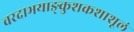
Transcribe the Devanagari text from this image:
वरदाभयाङ्कुशकशाशूलं